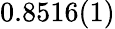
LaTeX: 0.8516(1)